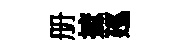
册摭廵